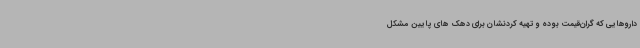
داروهایی که گران‌قیمت بوده و تهیه کردنشان برای دهک های پایین مشکل